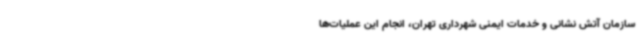
سازمان آتش نشانی و خدمات ایمنی شهرداری تهران، انجام این عملیات‌ها